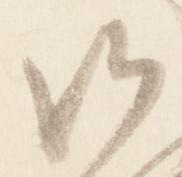
候